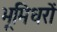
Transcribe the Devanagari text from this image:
भूमिधरों